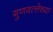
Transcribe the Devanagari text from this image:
गुणवत्त्तेच्या